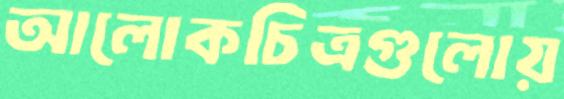
আলোকচিত্রগুলোয়